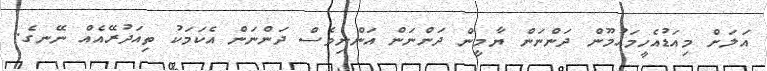
އަލަށް މިއަޑުއެހީމައުމޫން ދަންނަން ޔާމީން ދަންނަން އަންނިވެސް ދަންނަން އެކަމަކު ތިއަދުރޭއެއް ނޭނގެ.